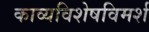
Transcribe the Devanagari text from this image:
काव्यविशेषविमर्श